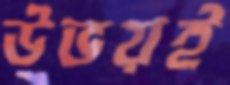
উভয়ই